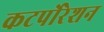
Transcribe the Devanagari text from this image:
कटर्पोरेशन